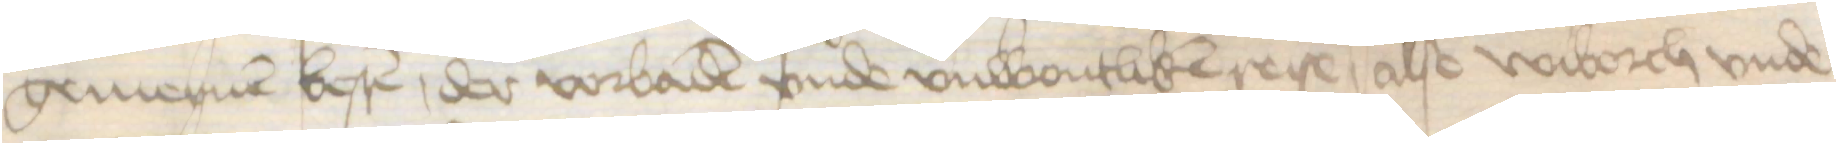
gemeynen besten, der vorbaden vnde vnwontliken reise, alse Wiborch vnde